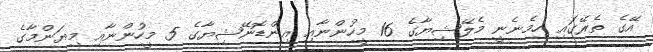
އޭގެ ތެރޭގައި ހިމެނެނީ މެލޭޝިޔާގެ 16 މީހުންނާއި އިންޑޮނޭޝިޔާގެ 5 މީހުންނާއި މިޔަންމާގެ